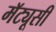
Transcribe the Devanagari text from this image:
मॅट्यूसी